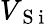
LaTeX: V_{\mathrm{~S~i~}}